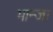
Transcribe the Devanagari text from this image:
भान्जा